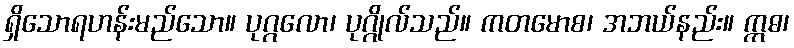
ရှိသောရဟန်းမည်သော။ ပုဂ္ဂလော၊ ပုဂ္ဂိုလ်သည်။ ကတမောစ၊ အဘယ်နည်း။ ဣဓ၊